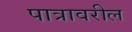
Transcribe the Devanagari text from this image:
पात्रावरील